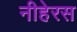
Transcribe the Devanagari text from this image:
नीहेरस